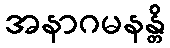
အနာဂမနန္တိ